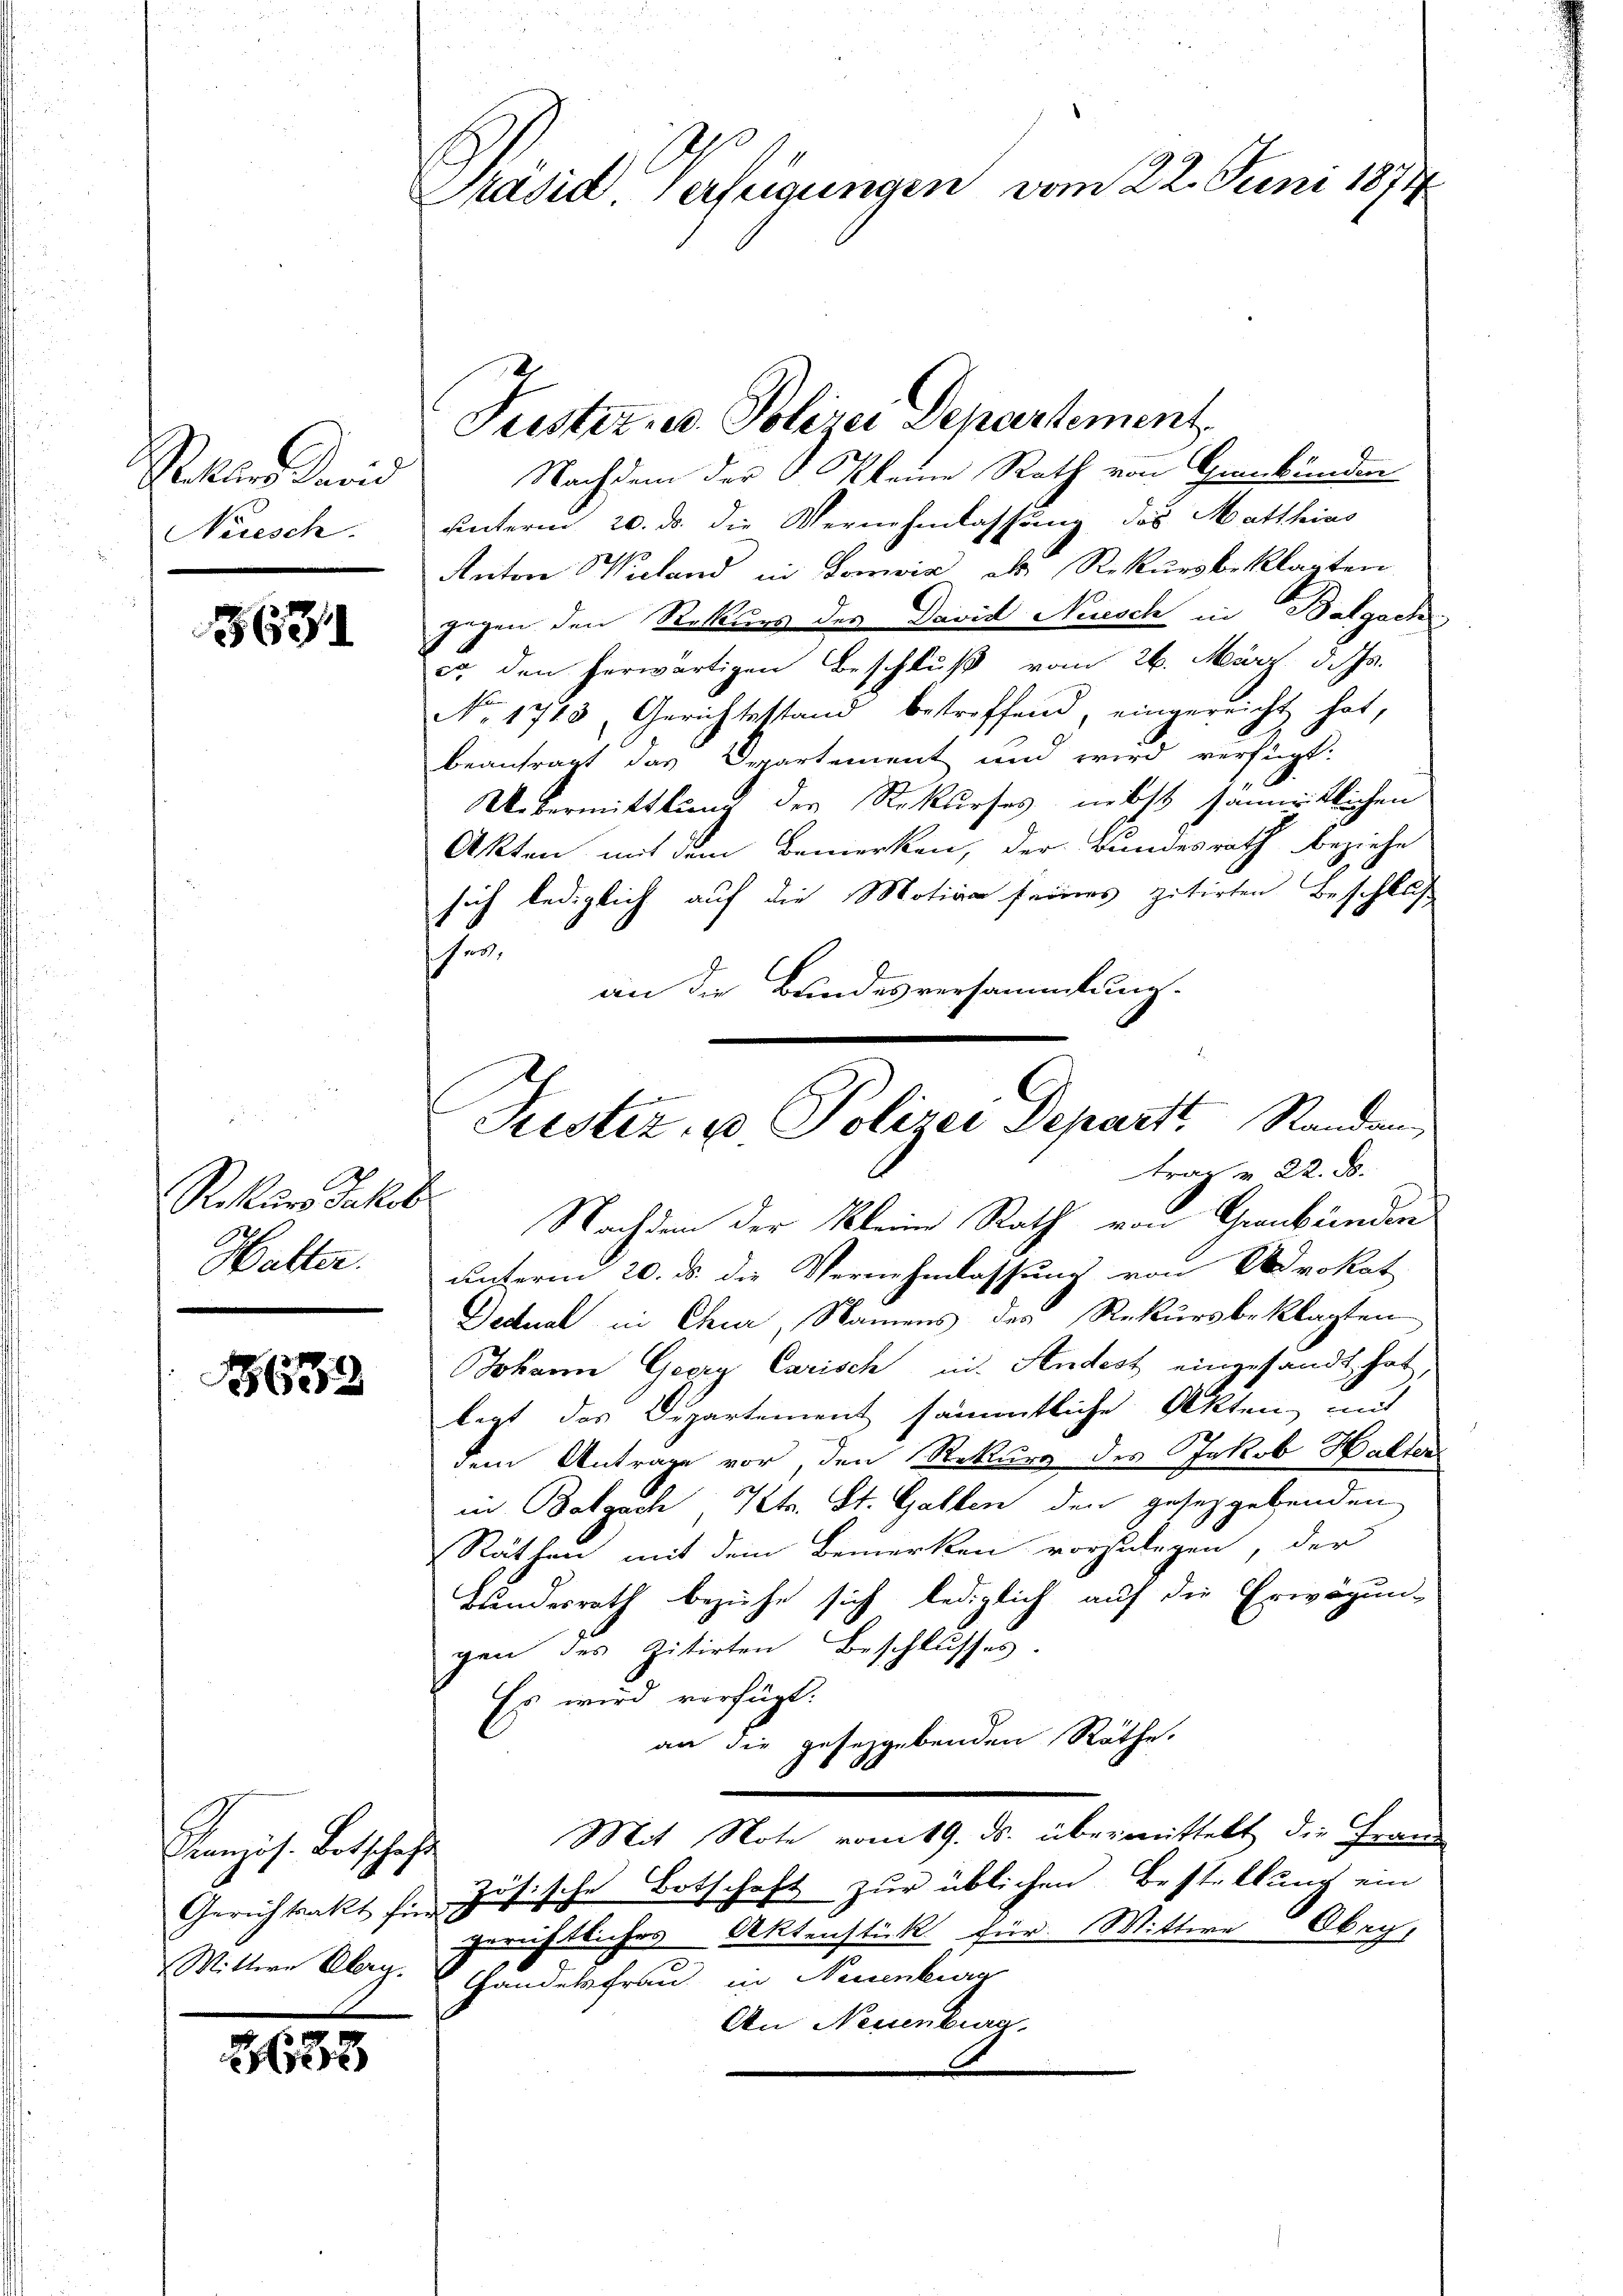
Sekundeid
Neesch.

3671

Rekurs Jakob
Halter.

1652

Kranzös. Botschaft
Wittwe Alag.

232

Präsid Verfügungen vom 22. Juni 1874

Nachdem der 6 Kleine Rath von Gebunden
unterm 20. ds. die Vernehmlassung des Matthias
Anton Wieland in Donia als Rekursbeklagten
gegen den Rekurs des David Neusch in Balgach
co den herwärtigen Beschluß vom 26. März d. Js.
No. 1713, Gerichtestand bestreffend, eingereicht hat,
beantragt das Departement und wird verfügt:
Uebermittlung des Rekurses, nebst sämtlichen
Akten mit dem Bemerken, der Bundesrath beziehe
sich lediglich auf die Motive seines zitirten Beschluß
her
an die Bundesversammlung.
Nachdem der Kleine Rath von Graubünden
unterm 20. ds. die Vernehmlassung von Advokat
Decknal in Chur, Namens des Rekursbeklagten
Johann Georg Carisch in Andest eingesandt hat,
legt das Departement sämmtliche Akten mit
dem Antrage vor, den Rekurs des Jakob Halter
in Balgach, Kts. St. Gallen den gesetzgebenden
Räthen mit dem Bemerken vorzulegen, der
Bundesrath beziehe sich lediglich auf die Erwägun-
gen des vitirten Beschlusses.
Es wird verfügt:
an die geseggebenden Räthe.
Mit Note vom 19. ds. übermittelt die Frand
Gerichtsakt für zösische Botschaft zŭr üblichen Bestellŭng ein
gerichtliches Aktenstück für Wittwe Ober
Handelsfrau in Neuenkir
An Neuenburg

Justiz u. Polizei Departement

Justiz- u Polizei Departs Standan
rar  22. d.